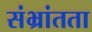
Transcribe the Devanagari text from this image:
संभ्रांतता